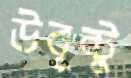
উবুন্টু